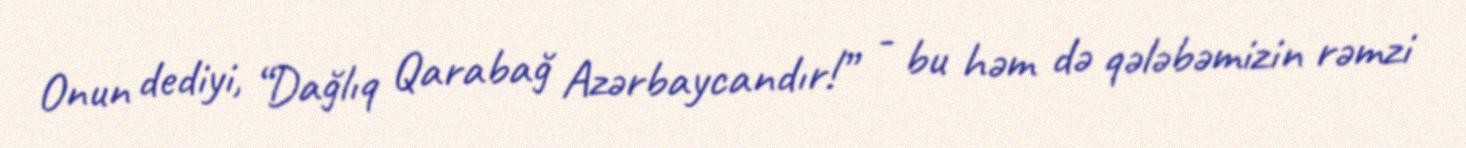
Onun dediyi, “Dağlıq Qarabağ Azərbaycandır!” - bu həm də qələbəmizin rəmzi